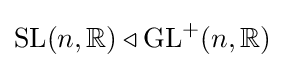
\operatorname {SL} (n,\mathbb {R} )\triangleleft \operatorname {GL} ^{+}(n,\mathbb {R} )